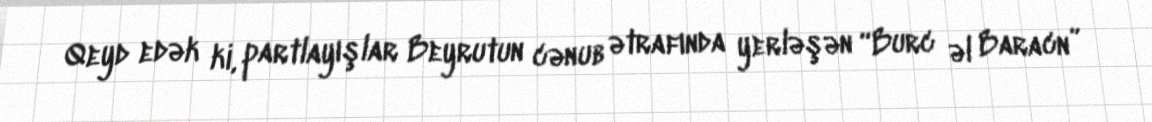
Qeyd edək ki, partlayışlar Beyrutun cənub ətrafında yerləşən “Burc əl Baracn”